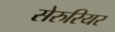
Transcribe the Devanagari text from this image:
सेरुरियर